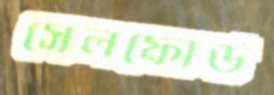
সেলফোর্ড